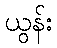
ယွန်း